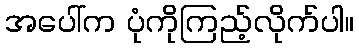
အပေါ်က ပုံကိုကြည့်လိုက်ပါ။